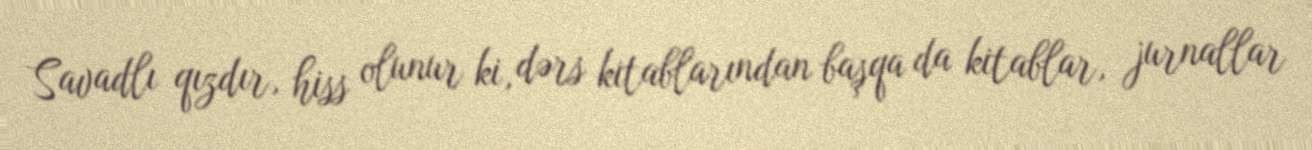
Savadlı qızdır, hiss olunur ki, dərs kitablarından başqa da kitablar, jurnallar